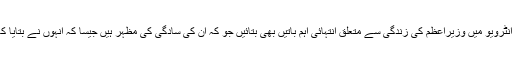
واضح رہے کہ خاتون اول ڈاکٹر ثمینہ شاہد نے روز نامہ پاکستان کو دیئے گئے خصوصی انٹرویو میں وزیراعظم کی زندگی سے متعلق انتہائی اہم باتیں بھی بتائیں جو کہ ان کی سادگی کی مظہر ہیں جیسا کہ انہوں نے بتایا کہ شاہد خاقان کھانے میں زیادہ تر سبزیاں پسند کرتے ہیں اور سیکیورٹی زیادہ نہیں رکھتے ۔